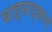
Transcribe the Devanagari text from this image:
बाइसाइकल